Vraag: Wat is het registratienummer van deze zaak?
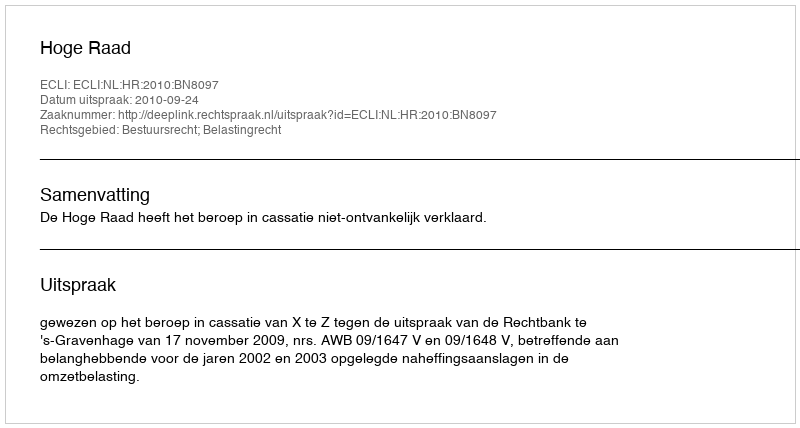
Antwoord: http://deeplink.rechtspraak.nl/uitspraak?id=ECLI:NL:HR:2010:BN8097